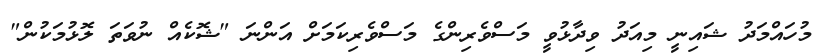
މުހައްމަދު ޝައިނީ މިއަދު ވިދާޅުވީ މަސްވެރިންގެ މަސްވެރިކަމަށް އަންނަ "ޝޮކެއް ނުވަތަ ލޮޅުމަކުން"